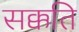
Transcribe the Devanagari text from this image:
सक्कति